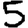
Digit: 5